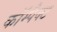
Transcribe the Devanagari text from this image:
काॅम्पैक्ट